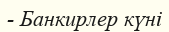
- Банкирлер күні